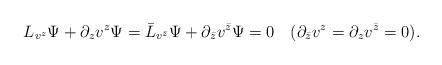
LaTeX: \begin{align*}L_{v^z}\Psi+\partial_{z} v^z\Psi=\bar{L}_{v^{\bar{z}}}\Psi+\partial_{\bar{z}} v^{\bar{z}}\Psi=0\hspace{1em}(\partial_{\bar{z}}v^z=\partial_z v^{\bar{z}}=0).\end{align*}